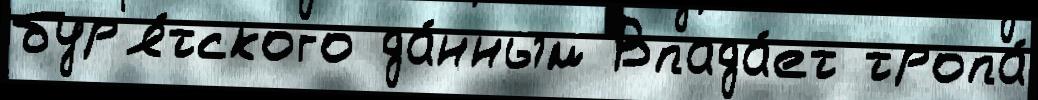
бур'я́тского да́нным Впада́ет тропа́